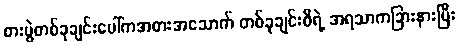
စားပွဲတစ်ခုချင်းပေါ်ကအစားအသောက် တစ်ခုချင်းစီရဲ့ အရသာကခြားနားပြီး